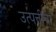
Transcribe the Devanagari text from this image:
उत्पत्तीचा